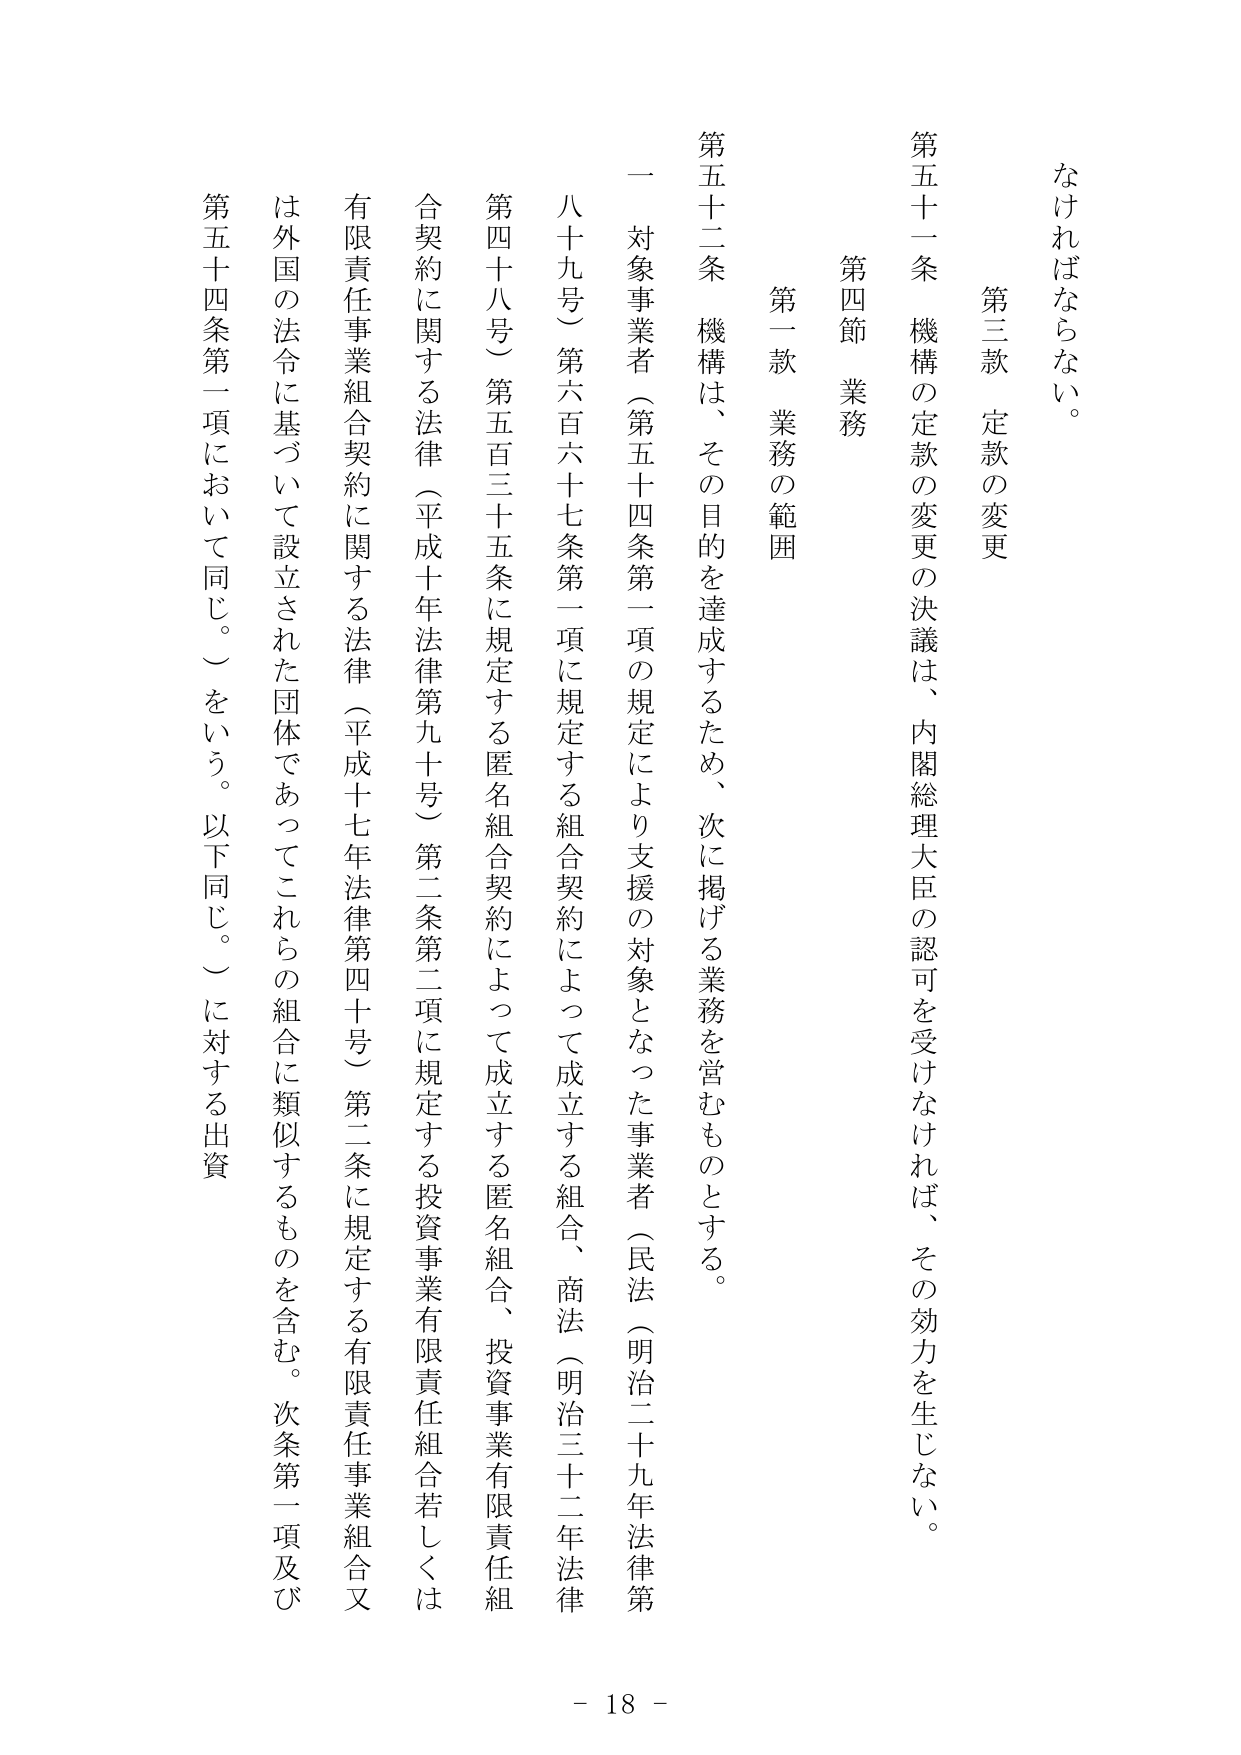
なければならない。

第三款 定款の変更

第五十一条 機構の定款の変更の決議は、内閣総理大臣の認可を受けなければ、その効力を生じない。

第四節 業務

第一款 業務の範囲

第五十二条 機構は、その目的を達成するため、次に掲げる業務を営むものとする。

一 対象事業者（第五十四条第一項の規定により支援の対象となった事業者（民法（明治二十九年法律第八十九号）第六百六十七条第一項に規定する組合契約によって成立する組合、商法（明治三十二年法律第四十八号）第五百三十五条に規定する匿名組合契約によって成立する匿名組合、投資事業有限責任組合契約に関する法律（平成十年法律第九十号）第二条第二項に規定する投資事業有限責任組合若しくは有限責任事業組合契約に関する法律（平成十七年法律第四十号）第二条に規定する有限責任事業組合又は外国の法令に基づいて設立された団体であってこれらの組合に類似するものを含む。次条第一項及び第五十四条第一項において同じ。）をいう。以下同じ。）に対する出資

- 18 -